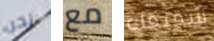
نحن مع شقيقك